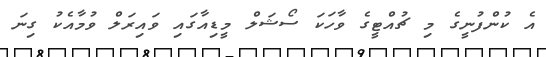
އެ ކުންފުނީގެ މި ޗުއްޓީގެ ވާހަކަ ސޯޝަލް މީޑިއާގައި ވައިރަލް ވުމާއެކު ގިނަ